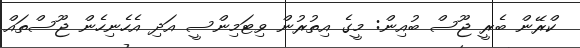
ކްރޭން ބެރީ ޖޫސް ބުއިން: މީގެ އިތުރުން ވިޓަމިންސީ އަދި އެހެނިހެން ޖޫސްތައް